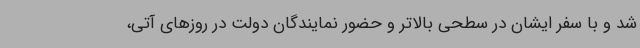
شد و با سفر ایشان در سطحی بالاتر و حضور نمایندگان دولت در روزهای آتی،